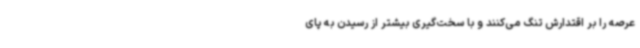
عرصه را بر اقتدارش تنگ می‌کنند و با سخت‌گیری بیشتر از رسیدن به پای